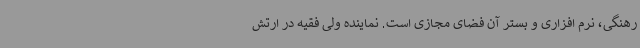
رهنگی، نرم افزاری و بستر آن فضای مجازی است. نماینده ولی فقیه در ارتش